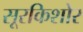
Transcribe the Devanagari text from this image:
सूरकिशोर